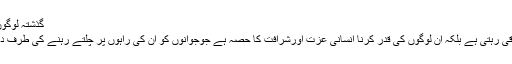
گذشتہ لوگوں کو محترم سمجھنے کے فوائد :
یہ ہے کہ ان لوگوں کی حرمت باقی رہتی ہے بلکہ ان لوگوں کی قدر کرنا انسانی عزت اورشرافت کا حصہ ہے جوجوانوں کو ان کی راہوں پر چلتے رہنے کی طرف دعوت دینے کا بہترین وسیلہ ہے ۔